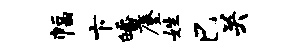
幅卞皤麈姓巳关